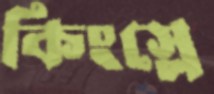
কিংস্লে